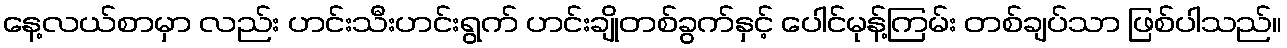
နေ့လယ်စာမှာ လည်း ဟင်းသီးဟင်းရွက် ဟင်းချိုတစ်ခွက်နှင့် ပေါင်မုန့်ကြမ်း တစ်ချပ်သာ ဖြစ်ပါသည်။